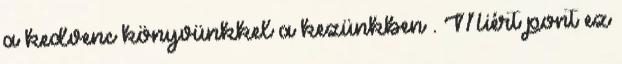
a kedvenc könyvünkkel a kezünkben . Miért pont ez